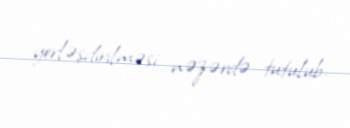
yerləşdirilməsi nəzərdə tutulub.